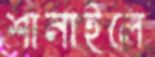
শানাইলে